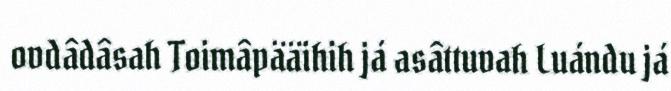
ovdâdâsah Toimâpääihih já asâttuvah Luándu já